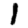
Digit: 1